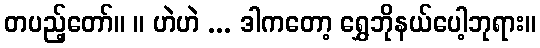
တပည့်တော်။ ။ ဟဲဟဲ ... ဒါကတော့ ရွှေဘိုနယ်ပေါ့ဘုရား။